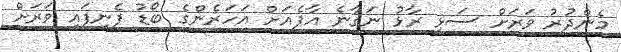
މެންދުރު ވަރަށް ސަޅި ރާޅު ނަގާނެ އާޕެއަށް އަހަރެންގެ ބޯޑު ފެނިފައި ވަރަށް